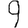
Digit: 9